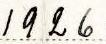
1926